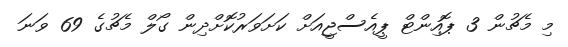
މި މެޗުން 3 ޕޮއިންޓް ޕީއެސްޖީއަށް ކަށަވަރުކޮށްދިން ގޯލް މެޗުގެ 69 ވަނަ